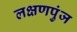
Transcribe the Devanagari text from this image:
लक्षणपुंज